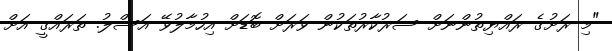
"މި ރަށުގެ ރައްޔިތުންނަށް ސަރުކާރުތަކުން ވަރަށް ބޮޑަށް އިހުމާލުވޭ އަސްލު. ތަރައްގީ އަށް